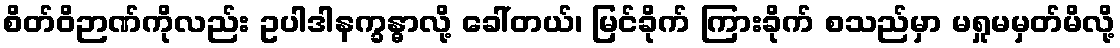
စိတ်ဝိဉာဏ်ကိုလည်း ဥပါဒါနက္ခန္ဓာလို့ ခေါ်တယ်၊ မြင်ခိုက် ကြားခိုက် စသည်မှာ မရှုမမှတ်မိလို့